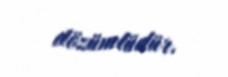
dözümlüdür.